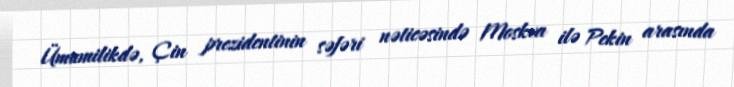
Ümumilikdə, Çin prezidentinin səfəri nəticəsində Moskva ilə Pekin arasında